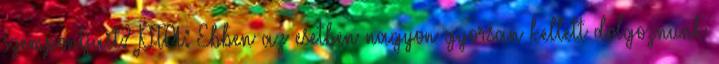
szempontjait? PTA: Ebben az esetben nagyon gyorsan kellett dolgoznunk